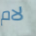
لام